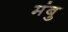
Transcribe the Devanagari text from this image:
मंबु